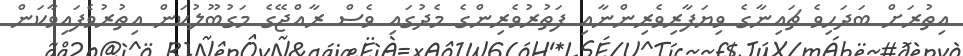
އިތުރަށް ބަދަހިވެ ޗައިނާގެ ވިޔަފާރިވެރިންނާއި ފަތުރުވެރިންގެ މެދުގައި ވެސް ރާއްޖޭގެ މަގުބޫލުކަން އިތުރުވެފައިވާކަން